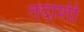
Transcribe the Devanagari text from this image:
तदाशी